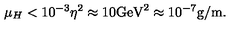
\mu _ { H } < 1 0 ^ { - 3 } \eta ^ { 2 } \approx 1 0 \mathrm { G e V } ^ { 2 } \approx 1 0 ^ { - 7 } \mathrm { g / m } .